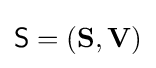
{\mathsf {S}}=(\mathbf {S} ,\mathbf {V} )